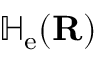
\mathbb { H } _ { \mathrm { e } } ( \mathbf { R } )